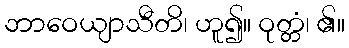
ဘာဝေယျာသီတိ၊ ဟူ၍။ ဝုတ္တံ၊ ၏။